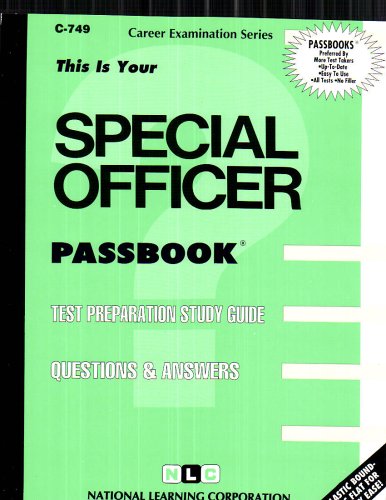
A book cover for Special Officer(Passbooks) (Career Examination Ser. ; C-749); Jack Rudman; Test Preparation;